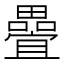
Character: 𭻵